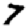
Digit: 7